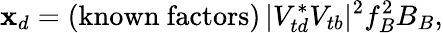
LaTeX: \mathbf{x}_{d}=(\mathrm{{known~factors}})\, |V_{td}^{*}V_{tb}|^{2}f_{B}^{2}B_{B},